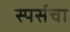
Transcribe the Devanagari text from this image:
स्पर्सचा